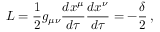
{ \cal { L } } = \frac { 1 } { 2 } g _ { \mu \nu } \frac { d x ^ { \mu } } { d \tau } \frac { d x ^ { \nu } } { d \tau } = - \frac { \delta } { 2 } \, ,